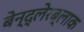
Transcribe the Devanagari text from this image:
बेन्द्लेरब्लाक